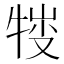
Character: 𤚈